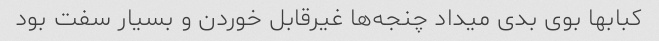
کبابها بوی بدی میداد چنجه‌ها غیرقابل خوردن و بسیار سفت بود